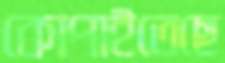
কোপাইতেছে